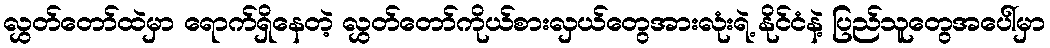
လွှတ်တော်ထဲမှာ ရောက်ရှိနေတဲ့ လွှတ်တော်ကိုယ်စားလှယ်တွေအားလုံးရဲ့ နိုင်ငံနဲ့ ပြည်သူတွေအပေါ်မှာ